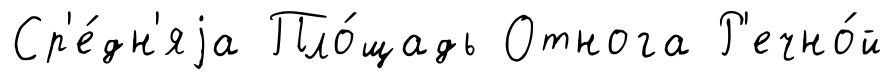
Ср'е́дн'яjа Пло́щадь Отнога Р'ечно́й